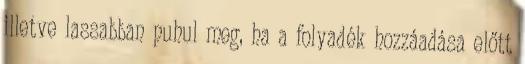
illetve lassabban puhul meg, ha a folyadék hozzáadása előtt